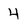
Character: 4